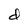
Character: d